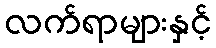
လက်ရာများနှင့်